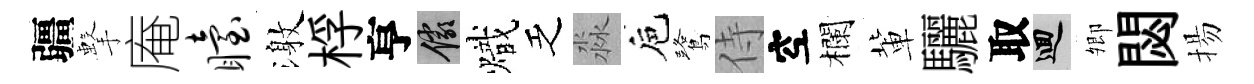
疆擊庵眙激桴亨儼熾乏淼巵鷺侍空欄軰驪取回𡖖閟揚